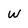
Character: W